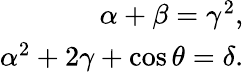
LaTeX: \begin{array}{r}{\alpha+\beta=\gamma^{2},}\\ {\alpha^{2}+2\gamma+\cos\theta=\delta.}\end{array}